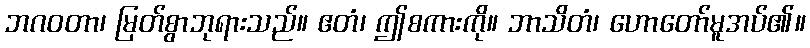
ဘဂဝတာ၊ မြတ်စွာဘုရားသည်။ ဧတံ၊ ဤစကားကို။ ဘာသိတံ၊ ဟောတော်မူအပ်၏။